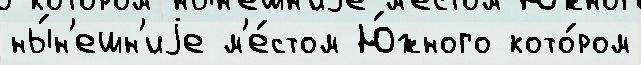
ны́н'ешн'иjе м'е́стом Ю́жного кото́ром